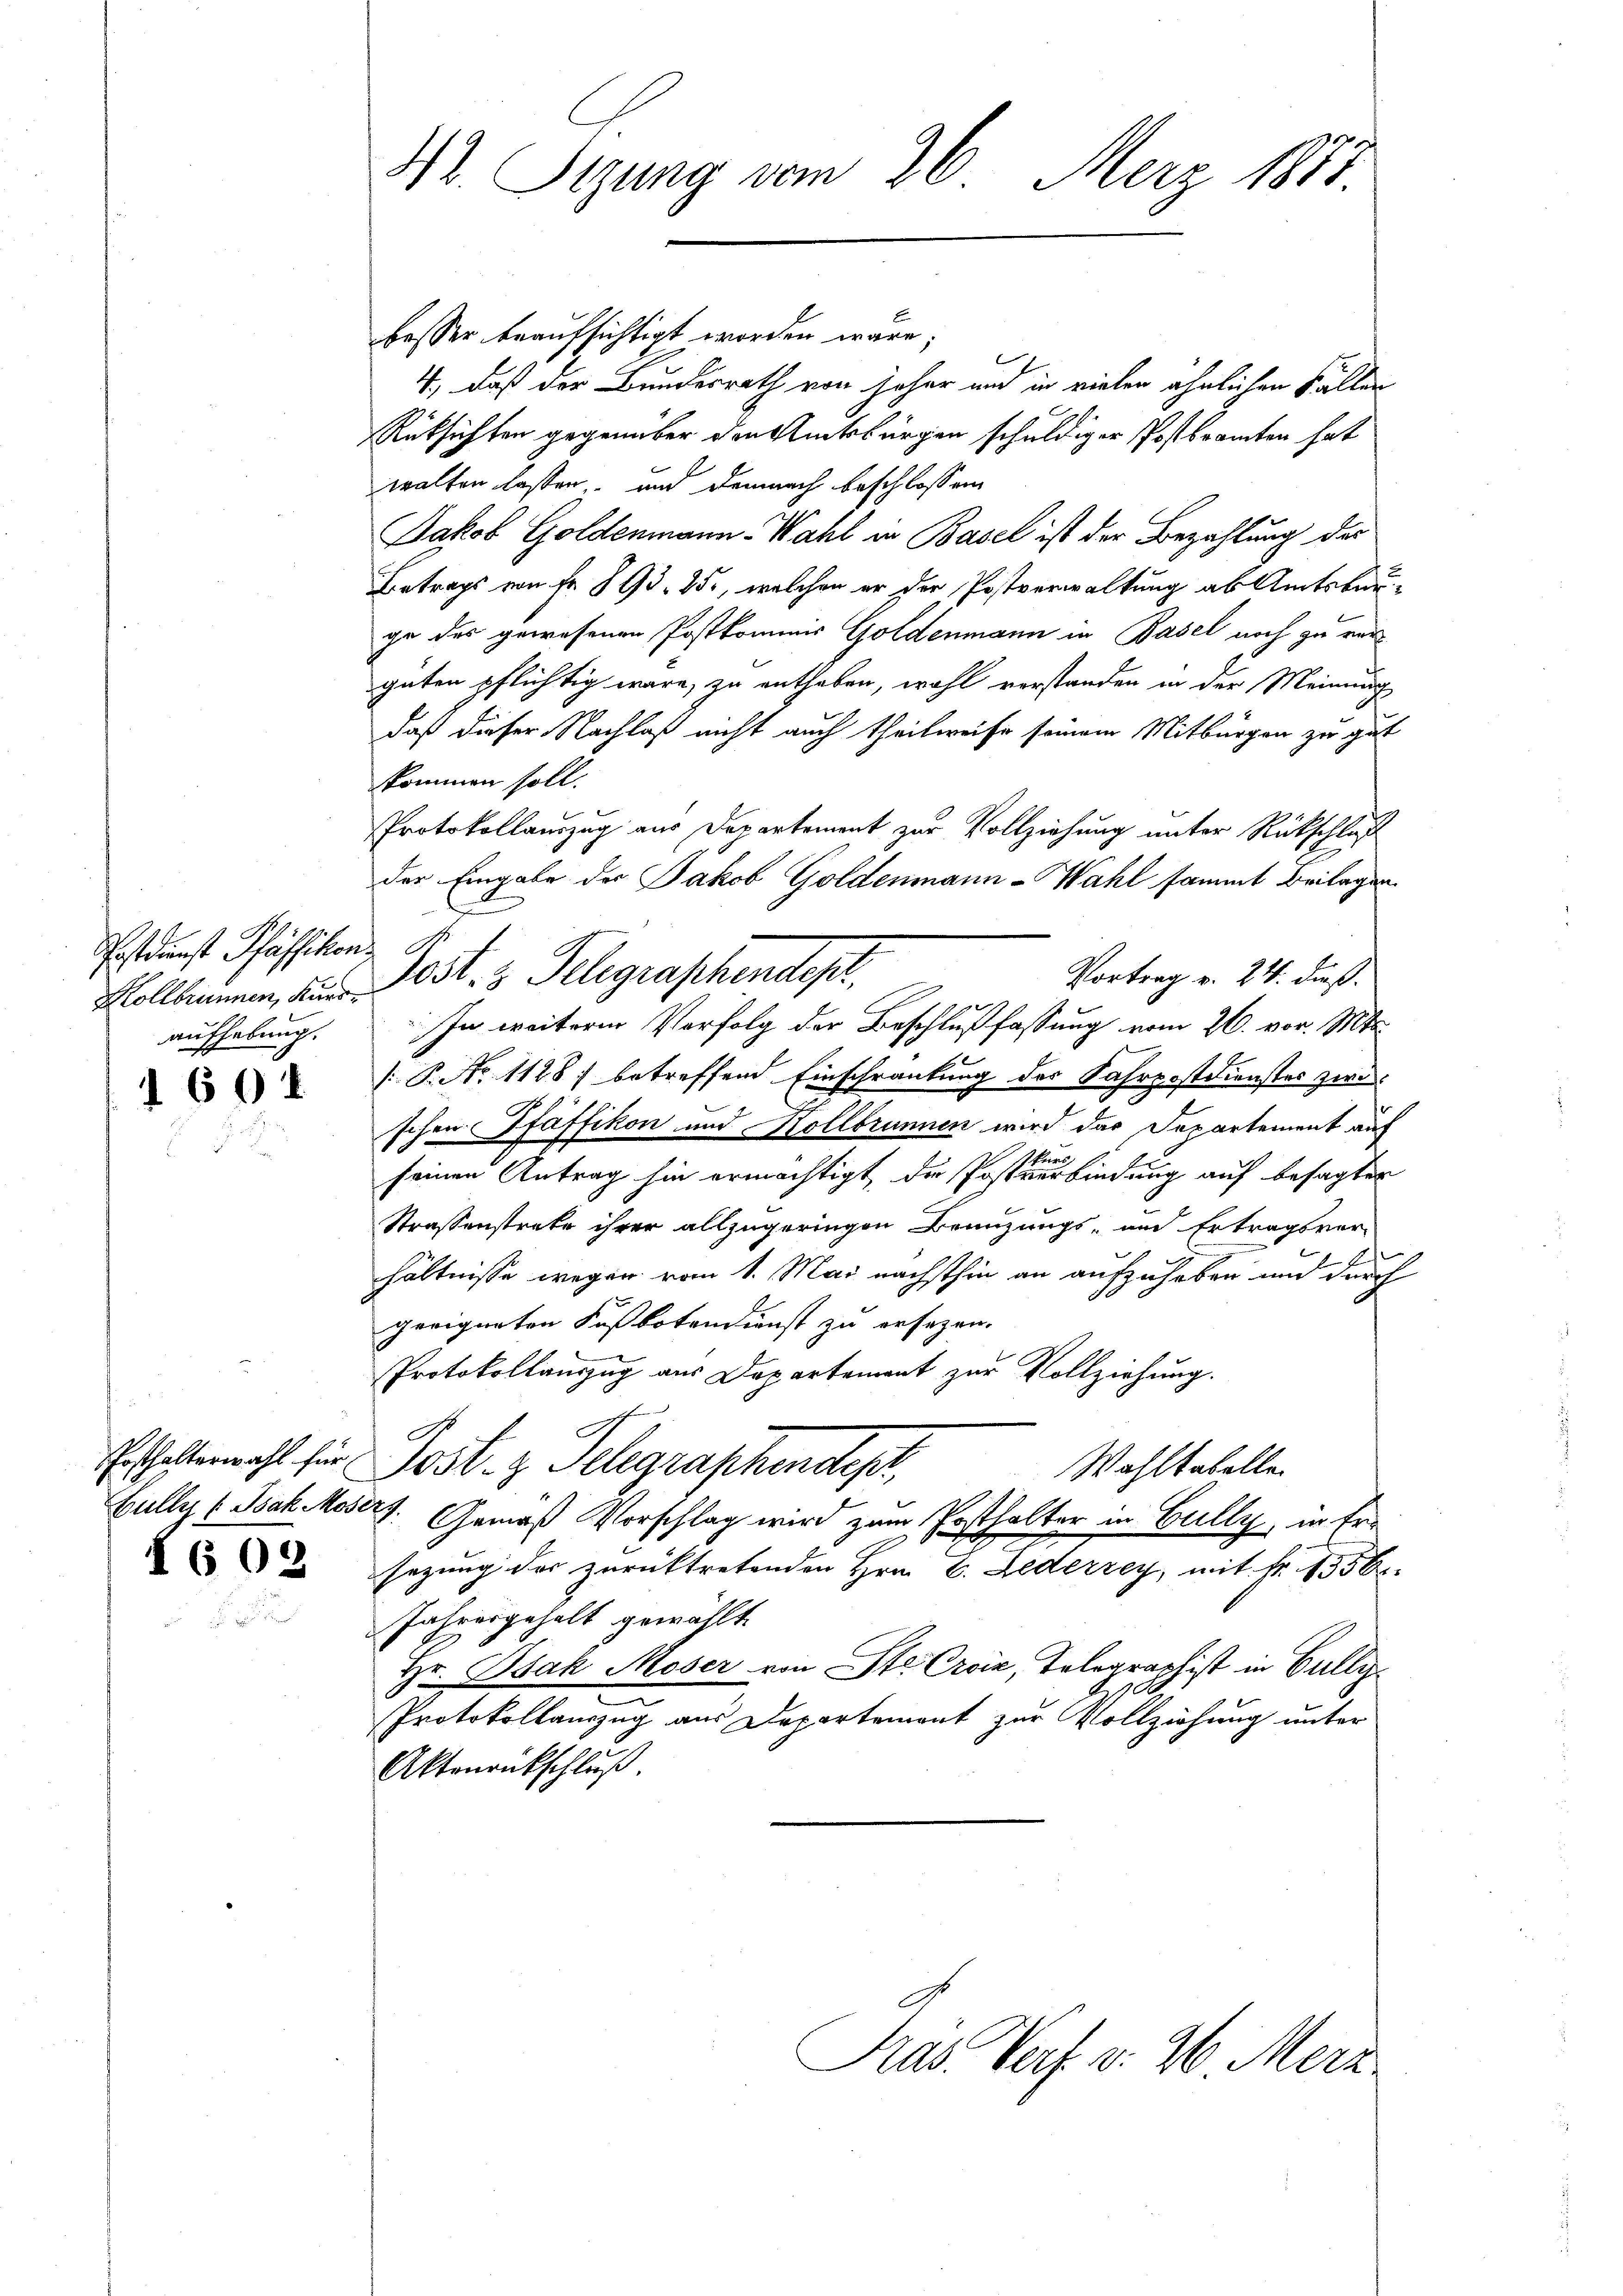
Postdienst Pfäffikon
aufhebung.

1604

Posthalterwahl für
Hülle (Tak Moserz

§ 602

42. Sigung vom 26. März 1881.

besser beaufsichtigt worden wäre;
l
4, daß der Bundesrath von Joher und in vielen ähnlichen Fällen
Rüksichten gegenüber den Amtsbürgen schuldiger Postbramten hat
walten lassen, und demnach beschlossen
Jakob Goldenmann-Wahl in Basel ist der Bezahlung des
Betrags von Fr. 893. 25, welchen er der Postverwaltung ab Amtsbauge des gewesenen Postkommnis Goldenmann in Basel noch zu ver
guten pflichtig wäre, zu entheben, wohl verstanden in der Meinung
daß dieser Nachlaß nicht auch theilweise seinem Mitbürgen zu gut
kommen soll.
Protokollauszug aus Departement zur Vollziehung unter Rückschluß
der Eingabe der Jakob Goldenmann-Wahl sammt Beilagen
Vortrag v. 24. dieß.
Kollbrunnen, der Post.  Telegraphendepr
In weitere Verfolg der Beschlußfassung vom 26. vor. Mts.
 P. No 1128) betreffend Einschränkung der Fahrpostdienstes zwischen Pfäffikon und Kollbrunnen wird das Departement auf
skurs
seinen Antrag hin ermächtigt, die Postverbindung auf besagter
Strassenstrate ihrer allzugeringen Beanzungs- und Ertragsver-
hältnisse wegen vom 1. Mai nächsthin an aufzuheben und durch
geeigneten Fußbotendienst zu ersezen.
Protokollauszug aus Departement zur Vollziehung.
h
Jost z. Telegraphendepr
Wahltabelle.
Gemäß Vorschlag wird zum Posthalter in Gully, in Ersezung der zurücktretenden Hrn. C. Lederzey, mit Fr. 1356.
Jahresgehalt gewählt
Hr. Bsak Moser von Ste Croix, Telegraphist in Bully
Protokollauszug aus Departement zur Vollziehung unter
Aktenrnkschluß

At

Präs. Verf. v. 26. Merz